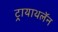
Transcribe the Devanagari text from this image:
ट्रायाथलॅन